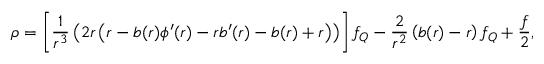
\rho = \left[ { \frac { 1 } { r ^ { 3 } } } \left( 2 r \left( r - b ( r ) \phi ^ { \prime } ( r ) - r b ^ { \prime } ( r ) - b ( r ) + { r } \right) \right) \right] f _ { Q } - \frac { 2 } { r ^ { 2 } } \left( b ( r ) - r \right) f _ { Q } + \frac { f } { 2 } ,